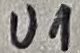
Text: U1